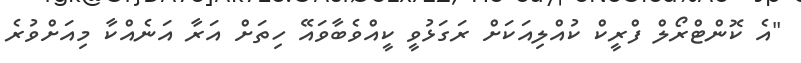
"އެ ކޮންޓްރޯލް ފްރީކް ކުއްލިއަކަށް ރަގަޅުވީ ކީއްވެބާވައޭ ހިތަށް އަރާ އަނެއްކާ މިއަށްވުރެ